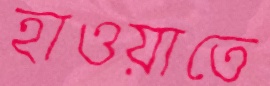
হাওয়াতে